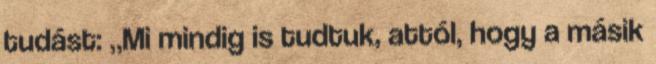
tudást: „Mi mindig is tudtuk, attól, hogy a másik